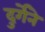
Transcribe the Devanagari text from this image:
दुर्गेने